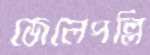
জেলেপল্লি